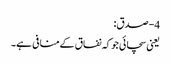
4- صدق:
یعنی سچائی جوکہ نفاق کےمنافی ہے۔